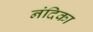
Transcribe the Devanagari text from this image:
नंदिका